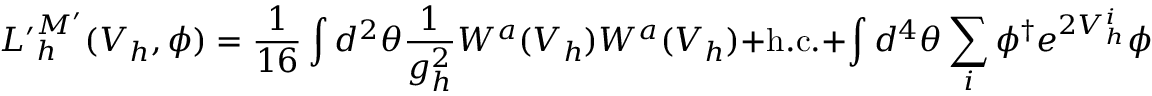
{ \cal L ^ { \prime } } _ { h } ^ { M ^ { \prime } } ( V _ { h } , \phi ) = \frac { 1 } { 1 6 } \int d ^ { 2 } \theta \frac { 1 } { g _ { h } ^ { 2 } } W ^ { a } ( V _ { h } ) W ^ { a } ( V _ { h } ) + \mathrm { h . c . } + \int d ^ { 4 } \theta \sum _ { i } \phi ^ { \dagger } e ^ { 2 V _ { h } ^ { i } } \phi